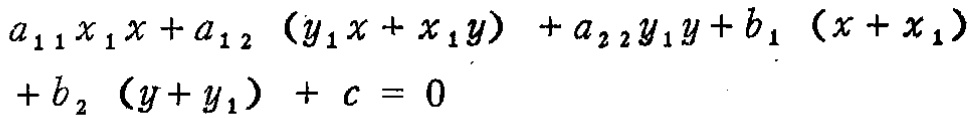
\[
a_{11}x_{1}x + a_{12}(y_{1}x + x_{1}y)+a_{22}y_{1}y + b_{1}(x + x_{1})+b_{2}(y + y_{1})+c = 0
\]